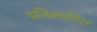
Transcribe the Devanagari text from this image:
प्रतिस्थपित